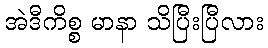
အဲဒီကိစ္စ မာနာ သိပြီးပြီလား